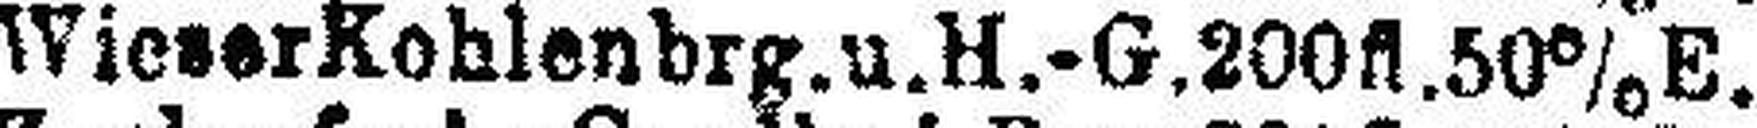
WieserKohlenbrg. u. H.-G.200fl.50% E.